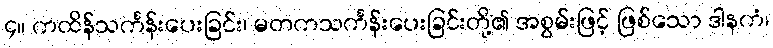
၄။ ကထိန်သင်္ကန်းပေးခြင်း၊ မတကသင်္ကန်းပေးခြင်းတို့၏ အစွမ်းဖြင့် ဖြစ်သော ဒါနကံ၊